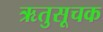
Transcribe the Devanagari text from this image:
ऋतुसूचक